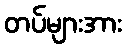
တပ်များအား